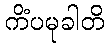
ကိံပမုခါတိ